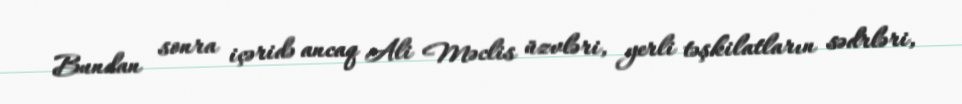
Bundan sonra içəridə ancaq Ali Məclis üzvləri, yerli təşkilatların sədrləri,